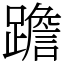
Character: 䠨